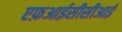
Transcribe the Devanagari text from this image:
एफ़आईसीसीआई